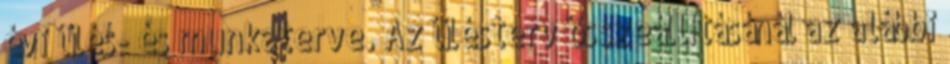
évi ülés- és munkaterve. Az ülésterv összeállításánál az alábbi